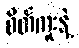
စိတ်ကူးနဲ့